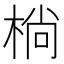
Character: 㭻